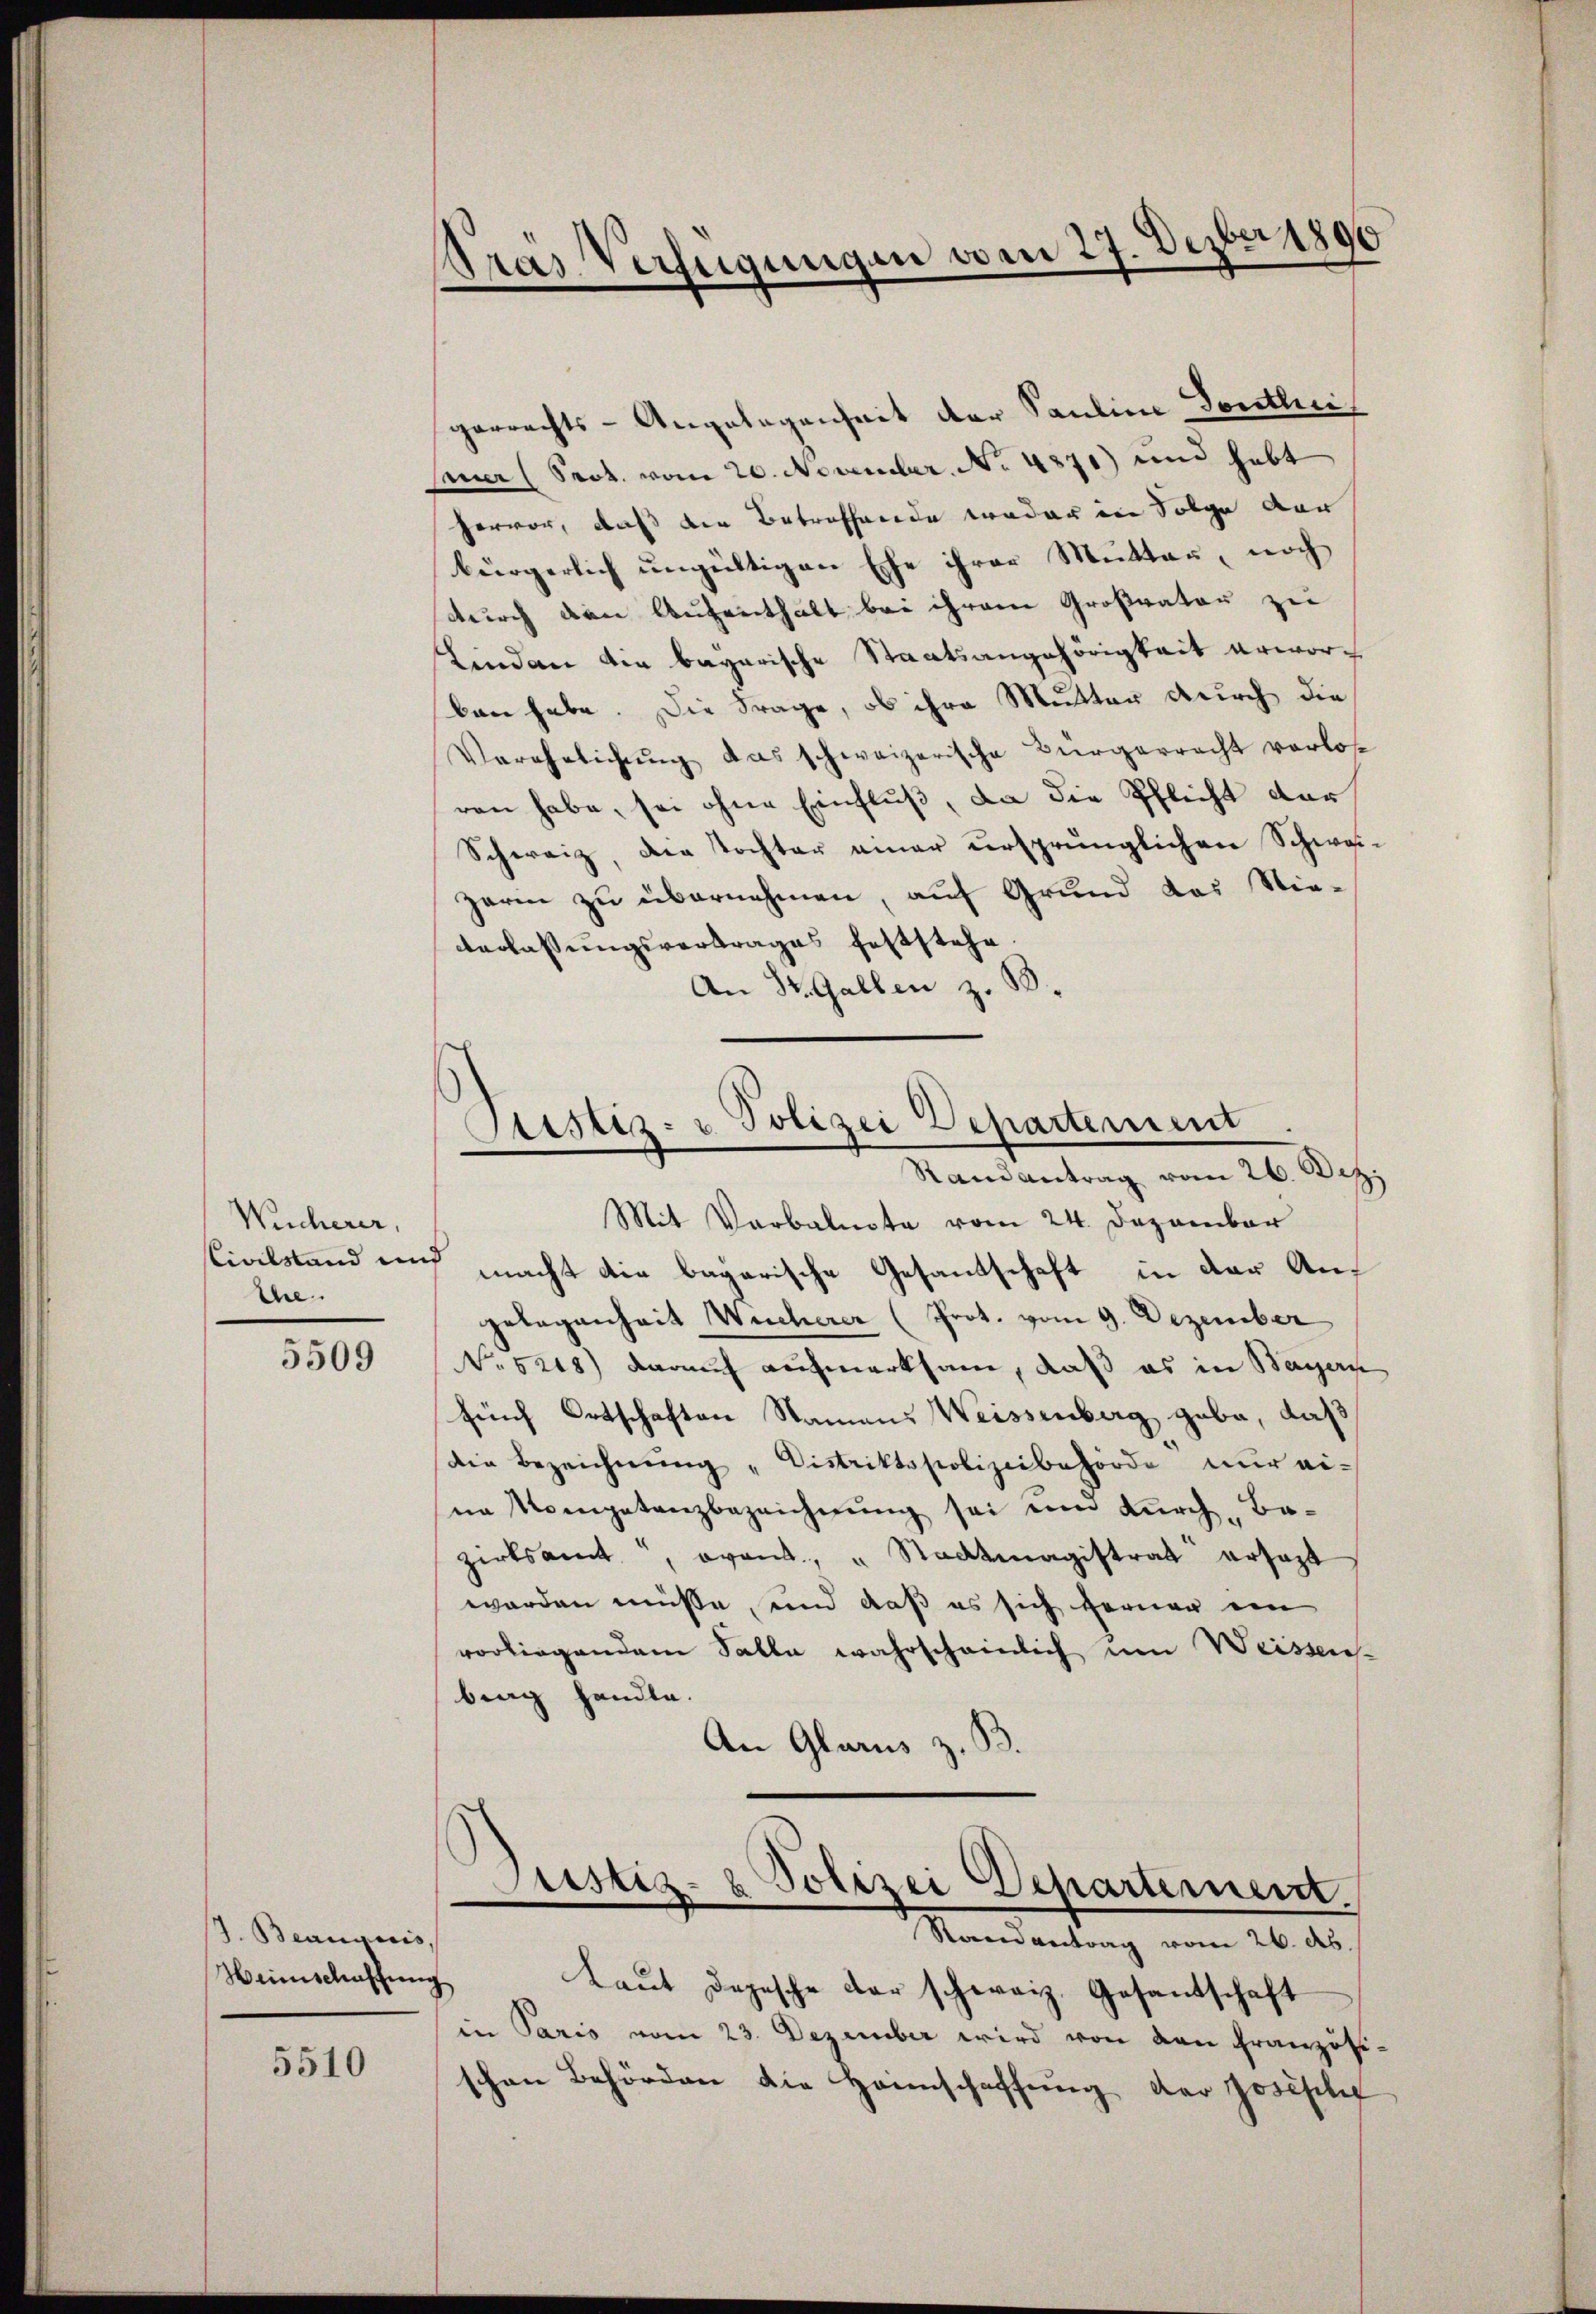
Wicherer,
Civilstand und
the

5509

J. Beausoris,
Weinschaffung

5510

Gras Verfügungen vom 27. Dezbr. 1890
¬

garrechts-Angelegenheit der Pauline Sontli
smer (Seot. vom 20. November. No. 4871) und habt
hervor, daß der Betreffende weder in Folge der
bürgerlich ŭngültigen Ehe ihrer Mutter, noch
durch den Aufenthalt bei ihrem Großvater zu
Linden der bayerische Staatsangehörigkeit erworben habe. Die Frage, ob ihre Mutter durch die
Verehelichung das schweizerische Bürgerrecht verlos
ren habe, sei ohne Einfluß, da die Pflicht dar¬
Schweiz, die Tochter einer ursprünglichen Schweizari zu übernehmen, auf Grund das Stie-
Verlassungsvertrages feststehe
An St. Gallen z. B.
Stistiz- u. Polizei Departement
Randantrag vom 26. Dez.
Mit Verbalnote vom 24. Dezember
macht die bagarische Gesandschaft in der Angelegenheit Wucherer (Prot. vom 9. Dezember
No. 5208) darauf aufmerksam, daß es in Bayern
furch Ortschaften Namens Weissenberg gabe, daß
Die Bezeichnung "Distriktspolizeibehörde nur eina Kompetanzbezeichnŭng sei ein durch Be-
zirksamt, event, " Stadtmagistrat ersezt
worden müsse, und daß es sich ferner ein
vorliegendem Salle wahrscheinlich um Weissen-
bing handle.
An Glarus z. B.

Justiz- & Polizei Departement.
Raandantrag vom 26. ds.

Laut Depesche der schweiz. Gesantschaft
in Paris vom 23. Dezember wird von von Französischen Behörden die Hannschaffŭng der Josische